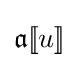
{\mathfrak {a}}[\![u]\!]